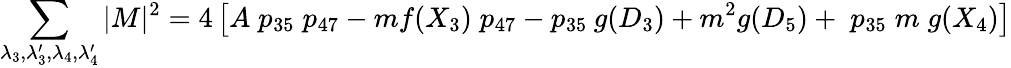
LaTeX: \sum_{\lambda_{3},\lambda_{3}^{\prime},\lambda_{4},\lambda_{4}^{\prime}}|M|^{2}=4\left[A\; p_{35}\; p_{47}-mf(X_{3})\; p_{47}-p_{35}\: g(D_{3})+m^{2}g(D_{5})+\; p_{35}\; m\; g(X_{4})\right]